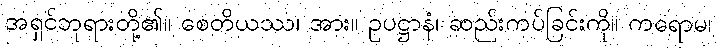
အရှင်ဘုရားတို့၏။ စေတိယဿ၊ အား။ ဥပဋ္ဌာနံ၊ ဆည်းကပ်ခြင်းကို။ ကရောမ၊